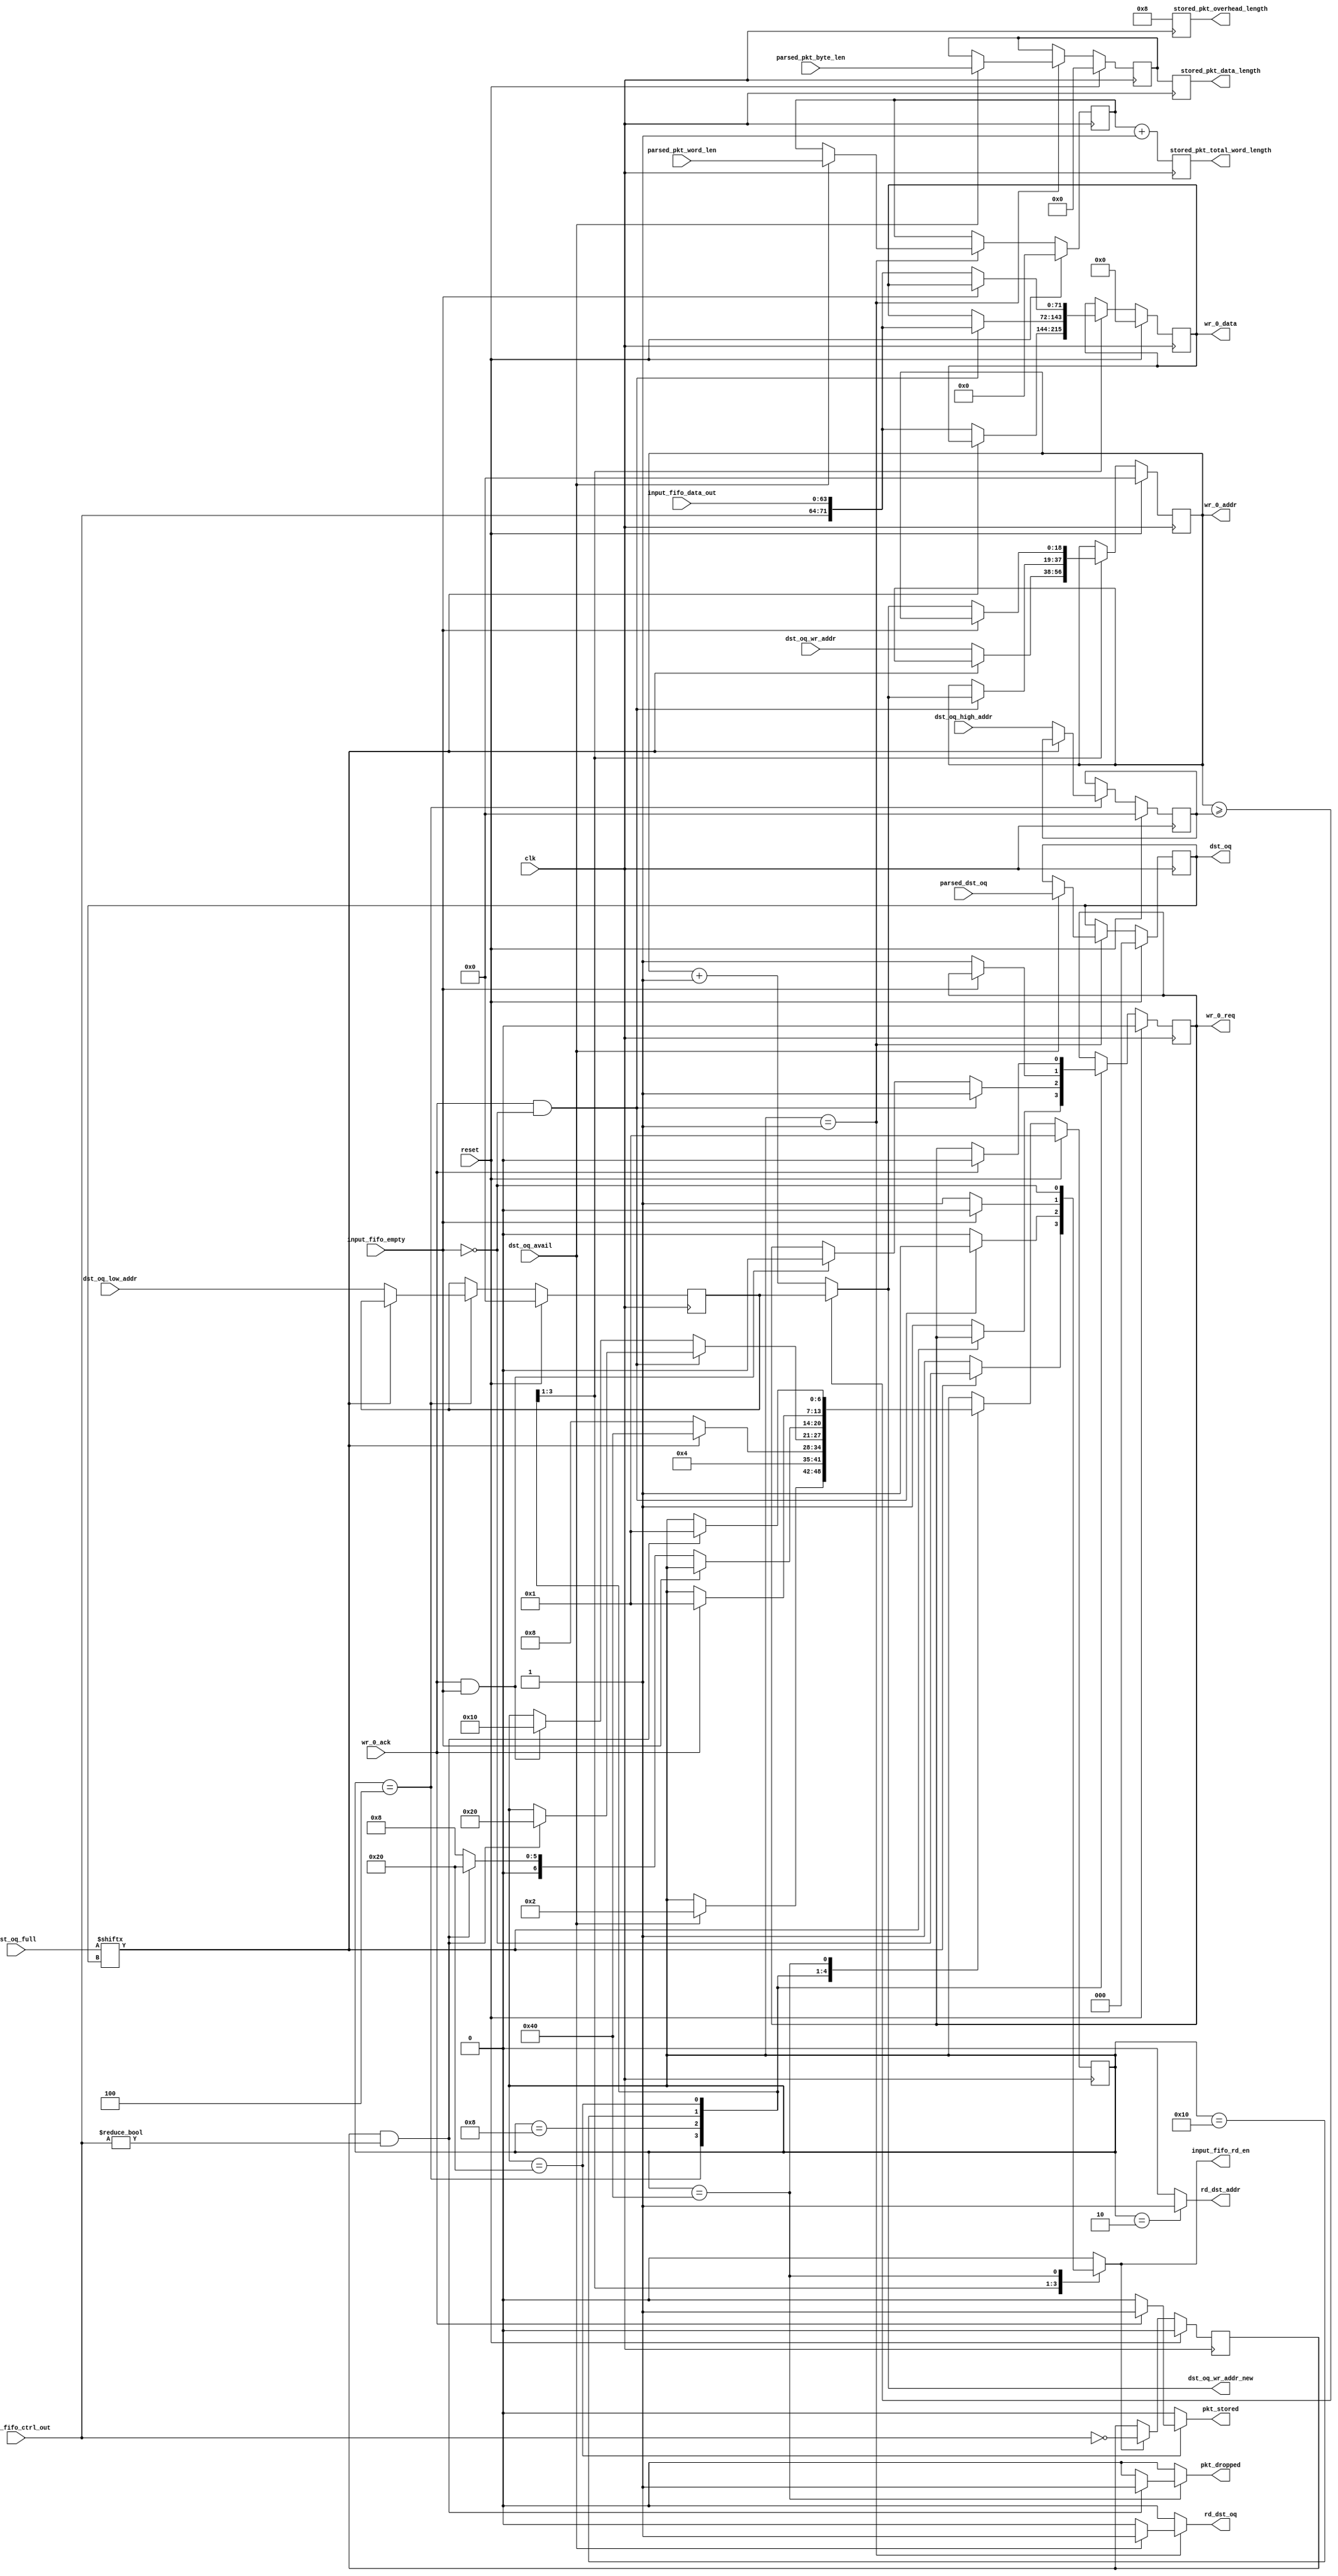
///////////////////////////////////////////////////////////////////////////////
// vim:set shiftwidth=3 softtabstop=3 expandtab:
// $Id: store_pkt.v 4020 2008-06-10 21:58:23Z grg $
//
// Module: store_pkt.v
// Project: NF2.1
// Description: stores incoming packet into the SRAM, sends new wr addres to regs
//
// Note: Assumes that the length header is FIRST!
//
///////////////////////////////////////////////////////////////////////////////
`timescale 1ns/1ps
  module store_pkt
    #(parameter DATA_WIDTH = 64,
      parameter CTRL_WIDTH=DATA_WIDTH/8,
      parameter NUM_OUTPUT_QUEUES = 5,
      parameter SRAM_ADDR_WIDTH = 19,
      parameter PKT_LEN_WIDTH = 11,
      parameter PKT_WORDS_WIDTH = PKT_LEN_WIDTH-log2(CTRL_WIDTH),
      parameter OQ_STAGE_NUM = 6,
      parameter NUM_OQ_WIDTH = log2(NUM_OUTPUT_QUEUES))

   ( // --- Interface to header_parser
     input                            dst_oq_avail,
     input      [NUM_OQ_WIDTH-1:0]    parsed_dst_oq,
     input      [PKT_LEN_WIDTH-1:0]   parsed_pkt_byte_len,
     input      [PKT_WORDS_WIDTH-1:0] parsed_pkt_word_len,
     output reg                       rd_dst_oq,

     // --- Interface to registers
     output reg [SRAM_ADDR_WIDTH-1:0] dst_oq_wr_addr_new,
     output reg                       pkt_stored,
     output reg                       pkt_dropped,
     output reg [PKT_LEN_WIDTH-1:0]   stored_pkt_data_length,
     output reg [CTRL_WIDTH-1:0]      stored_pkt_overhead_length,
     output reg [PKT_WORDS_WIDTH-1:0] stored_pkt_total_word_length,
     output reg [NUM_OQ_WIDTH-1:0]    dst_oq,
     output reg                       rd_dst_addr,
     input      [SRAM_ADDR_WIDTH-1:0] dst_oq_high_addr,
     input      [SRAM_ADDR_WIDTH-1:0] dst_oq_low_addr,
     input      [SRAM_ADDR_WIDTH-1:0] dst_oq_wr_addr,
     input      [NUM_OUTPUT_QUEUES-1:0]	dst_oq_full,

     // --- Interface to SRAM
     output reg [SRAM_ADDR_WIDTH-1:0]       wr_0_addr,
     output reg                             wr_0_req,
     input                                  wr_0_ack,
     output reg [DATA_WIDTH+CTRL_WIDTH-1:0] wr_0_data,

     // --- Interface to input fifo
     output reg                       input_fifo_rd_en,
     input                            input_fifo_empty,
     input      [DATA_WIDTH-1:0]      input_fifo_data_out,
     input      [CTRL_WIDTH-1:0]      input_fifo_ctrl_out,

     // --- misc
     input                            clk,
     input                            reset
     );



   function integer log2;
      input integer number;
      begin
         log2=0;
         while(2**log2<number) begin
            log2=log2+1;
         end
      end
   endfunction // log2

   //--------------------- Internal parameters --------------------------

   parameter NUM_STORE_STATES                       = 7;
   parameter ST_WAIT_DST_PORT                       = 1;
   parameter ST_READ_ADDR                           = 2;
   parameter ST_LATCH_ADDR                          = 4;
   parameter ST_MOVE_PKT                            = 8;
   parameter ST_WAIT_FOR_DATA                       = 16;
   parameter ST_WAIT_EOP                            = 32;
   parameter ST_DROP_PKT                            = 64;

   parameter COUNT_IDLE       = 1;
   parameter COUNT_HDRS       = 2;
   parameter COUNT_DATA       = 4;

   //------------------------ Wires/regs --------------------------------
   reg [NUM_STORE_STATES-1:0]  store_state;
   reg [NUM_STORE_STATES-1:0]  store_state_next;

   wire [SRAM_ADDR_WIDTH-1:0]  wr_0_addr_plus1;
   reg [SRAM_ADDR_WIDTH-1:0]   wr_0_addr_next;
   reg [DATA_WIDTH+CTRL_WIDTH-1:0] wr_0_data_next;
   reg                             wr_0_req_next;

   wire                        eop;

   reg                         input_fifo_ctrl_out_prev_is_0;

   reg [NUM_OQ_WIDTH-1:0]      dst_oq_next;

   reg [PKT_LEN_WIDTH-1:0]     pkt_byte_len;
   reg [PKT_LEN_WIDTH-1:0]     pkt_byte_len_next;

   reg [PKT_WORDS_WIDTH-1:0]   pkt_word_len;
   reg [PKT_WORDS_WIDTH-1:0]   pkt_word_len_next;

   reg [SRAM_ADDR_WIDTH-1:0]   lo_addr;
   reg [SRAM_ADDR_WIDTH-1:0]   lo_addr_next;

   reg [SRAM_ADDR_WIDTH-1:0]   hi_addr;
   reg [SRAM_ADDR_WIDTH-1:0]   hi_addr_next;

   //-------------------------- Logic -----------------------------------

   /* wrap around the address */
   assign wr_0_addr_plus1 = (wr_0_addr >= hi_addr) ?
                            lo_addr : wr_0_addr + 1;

   assign eop = (input_fifo_ctrl_out_prev_is_0 && input_fifo_ctrl_out!=0);

   /*******************************************************
    * wait until the dst port fifo has a destination
    * then read the dst port, load the addresses to use,
    * and start moving data from the input fifo to the
    * sram queues. When the eop is reached, write the pkt
    * length in the beginning of the pkt
    * If the oq is full then drop pkt.
    * Also generate pkt_stored and pkt_dropped signals
    *******************************************************/
   always @(*) begin
      rd_dst_oq                 = 0;
      rd_dst_addr               = 0;
      store_state_next          = store_state;
      wr_0_req_next             = wr_0_req;
      input_fifo_rd_en          = 0;
      pkt_dropped               = 0;
      wr_0_data_next            = wr_0_data;
      wr_0_addr_next            = wr_0_addr;
      dst_oq_wr_addr_new        = wr_0_addr_plus1;
      pkt_stored                = 0;
      dst_oq_next               = dst_oq;
      pkt_byte_len_next         = pkt_byte_len;
      pkt_word_len_next         = pkt_word_len;
      lo_addr_next              = lo_addr;
      hi_addr_next              = hi_addr;

      case(store_state)
         /* wait until we have a destination port */
         ST_WAIT_DST_PORT: begin
            if(dst_oq_avail) begin
               store_state_next = ST_READ_ADDR;
               dst_oq_next = parsed_dst_oq;
	       pkt_byte_len_next = parsed_pkt_byte_len;
	       pkt_word_len_next = parsed_pkt_word_len;
               rd_dst_oq = 1;
            end
         end

         // Request the destination address
         ST_READ_ADDR: begin
            store_state_next = ST_LATCH_ADDR;
            rd_dst_addr = 1;
         end

	 // Latch the destination addresses (write pointer, lo and hi
	 // addresses)
         ST_LATCH_ADDR: begin
            if(!dst_oq_full[dst_oq]) begin

               store_state_next = ST_MOVE_PKT;

               wr_0_req_next = 1;
               wr_0_addr_next = dst_oq_wr_addr;
               lo_addr_next = dst_oq_low_addr;
               hi_addr_next = dst_oq_high_addr;

               /* fifos are first-word fallthrough so the data is already available at the output */
               wr_0_data_next = {input_fifo_ctrl_out, input_fifo_data_out};
               input_fifo_rd_en = 1;
            end
            else begin
               store_state_next = ST_DROP_PKT;
               input_fifo_rd_en = !input_fifo_empty;
            end
         end // case: ST_WAIT_DST_PORT

        /* pipeline is full */
        ST_MOVE_PKT: begin
           if(wr_0_ack & !input_fifo_empty) begin
              wr_0_req_next = 1;
              wr_0_addr_next = wr_0_addr_plus1;
              wr_0_data_next = {input_fifo_ctrl_out, input_fifo_data_out};
              input_fifo_rd_en = 1;
              if(eop) begin
                 store_state_next = ST_WAIT_EOP;
              end
           end
           else if (wr_0_ack & input_fifo_empty) begin
              store_state_next = ST_WAIT_FOR_DATA;
              wr_0_req_next = 0;
           end
        end // case: ST_MOVE_PKT

        /* Wait until the fifo is not empty */
        ST_WAIT_FOR_DATA: begin
           if(!input_fifo_empty) begin
              wr_0_req_next = 1;
              wr_0_addr_next = wr_0_addr_plus1;
              wr_0_data_next = {input_fifo_ctrl_out, input_fifo_data_out};
              input_fifo_rd_en = 1;
              if(eop) begin
                 store_state_next = ST_WAIT_EOP;
              end
              else begin
                 store_state_next = ST_MOVE_PKT;
              end
           end // if (wr_0_ack)
        end // case: ST_WAIT_FOR_DATA

        ST_WAIT_EOP: begin
           if(wr_0_ack) begin
              wr_0_req_next = 0;
              pkt_stored = 1;
              store_state_next = ST_WAIT_DST_PORT;
           end // if (wr_0_ack)
        end // case: ST_WAIT_LEN

        ST_DROP_PKT: begin
           if(eop) begin
              store_state_next = ST_WAIT_DST_PORT;
              pkt_dropped = 1;
           end
           input_fifo_rd_en = !input_fifo_empty;
        end

        default: begin end

      endcase // case(store_state)

   end // always @ (*)

   always @(posedge clk) begin

      if(reset) begin
         store_state                      <= ST_WAIT_DST_PORT;
         input_fifo_ctrl_out_prev_is_0    <= 0;
         wr_0_req                         <= 0;
         wr_0_addr                        <= 0;
         wr_0_data                        <= 0;
         dst_oq                           <= 0;
         pkt_byte_len                     <= 0;
         pkt_word_len                     <= 0;
         lo_addr                          <= 0;
         hi_addr                          <= 0;
      end
      else begin
         store_state            <= store_state_next;
         wr_0_req               <= wr_0_req_next;
         wr_0_addr              <= wr_0_addr_next;
         wr_0_data              <= wr_0_data_next;
         dst_oq                 <= dst_oq_next;
         pkt_byte_len           <= pkt_byte_len_next;
         pkt_word_len           <= pkt_word_len_next;
         lo_addr                <= lo_addr_next;
         hi_addr                <= hi_addr_next;
         if(input_fifo_rd_en) begin
            input_fifo_ctrl_out_prev_is_0 <= (input_fifo_ctrl_out==0);
         end
      end // else: !if(reset)
      // synthesis translate_off
      if(store_state_next == ST_DROP_PKT) begin
         $display("%t %m WARNING: output queue %u is full. Pkt is being dropped.", $time, dst_oq);
      end
      // synthesis translate_on
   end // always @ (posedge clk)


   always @(posedge clk) begin
      stored_pkt_data_length <= pkt_byte_len;
      stored_pkt_overhead_length <= CTRL_WIDTH;

      // Calculate the total WORD length
      stored_pkt_total_word_length <= pkt_word_len + 1;
   end

endmodule // store_pkt